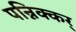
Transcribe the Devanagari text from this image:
पन्निक्कर्